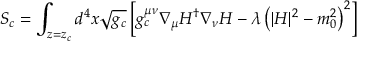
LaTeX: S _ { c } = \int _ { z = z _ { c } } d ^ { 4 } x \sqrt { g _ { c } } \left[ g _ { c } ^ { \mu \nu } \nabla _ { \mu } H ^ { \dagger } \nabla _ { \nu } H - \lambda \left( | H | ^ { 2 } - m _ { 0 } ^ { 2 } \right) ^ { 2 } \right]